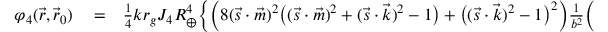
\begin{array} { r l r } { \varphi _ { 4 } ( \vec { r } , \vec { r } _ { 0 } ) } & { { } = } & { { \textstyle \frac { 1 } { 4 } } k r _ { g } J _ { 4 } R _ { \oplus } ^ { 4 } \Big \{ \Big ( 8 ( \vec { s } \cdot \vec { m } ) ^ { 2 } \big ( ( { \vec { s } } \cdot { \vec { m } } ) ^ { 2 } + ( { \vec { s } } \cdot { \vec { k } } ) ^ { 2 } - 1 \big ) + \big ( ( { \vec { s } } \cdot { \vec { k } } ) ^ { 2 } - 1 \big ) ^ { 2 } \Big ) \frac { 1 } { b ^ { 2 } } \Big ( \frac { ( \vec { k } \cdot \vec { r } ) } { 2 r ^ { 3 } } - \frac { 1 } { r \big ( r + ( { \vec { k } } \cdot { \vec { r } } ) \big ) } \Big ) + } \end{array}